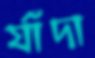
র্যাঁদা